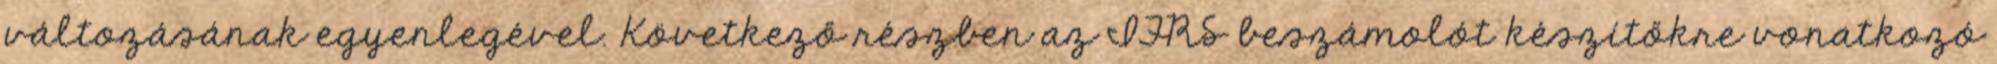
változásának egyenlegével. Következő részben az IFRS beszámolót készítőkre vonatkozó